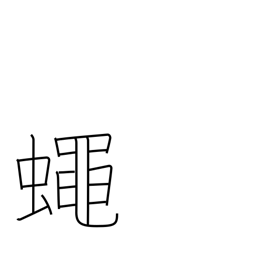
Meaning: fly